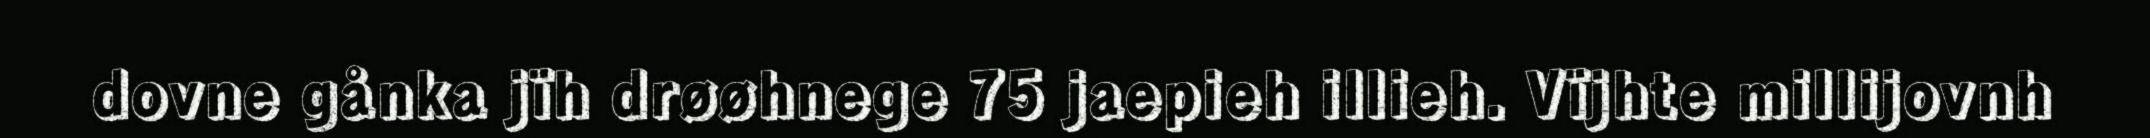
dovne gånka jïh drøøhnege 75 jaepieh illieh. Vïjhte millijovnh